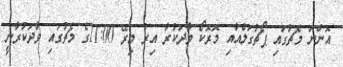
އޮންނަ މެޗުގައި ޕޯޗުގަލްއާއި މޮރޮކޯ ވާދަކުރާ އިރު މިރޭ 11:00ގެ މެޗުގައި ވާދަކުރާނީ